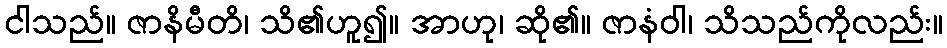
ငါသည်။ ဇာနိမီတိ၊ သိ၏ဟူ၍။ အာဟု၊ ဆို၏။ ဇာနံဝါ၊ သိသည်ကိုလည်း။